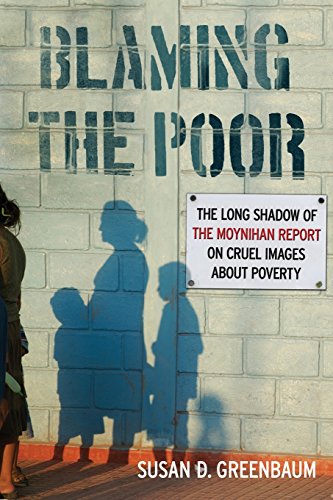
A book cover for Blaming the Poor: The Long Shadow of the Moynihan Report on Cruel Images about Poverty; Susan D. Greenbaum; Politics & Social Sciences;